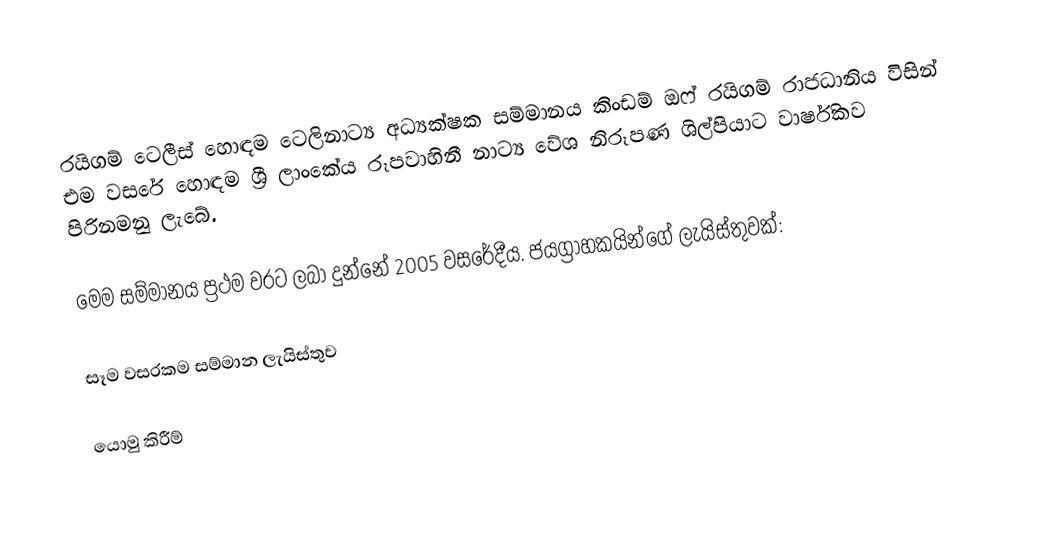
රයිගම් ටෙලීස් හොඳම ටෙලිනාට්‍ය අධ්‍යක්ෂක සම්මානය කිංඩම් ඔෆ් රයිගම් රාජධානිය විසින් එම වසරේ හොඳම ශ්‍රී ලාංකේය රූපවාහිනී නාට්‍ය වේශ නිරූපණ ශිල්පියාට වාර්ෂිකව පිරිනමනු ලැබේ.

මෙම සම්මානය ප්‍රථම වරට ලබා දුන්නේ 2005 වසරේදීය. ජයග්‍රාහකයින්ගේ ලැයිස්තුවක්:

සෑම වසරකම සම්මාන ලැයිස්තුව

යොමු කිරීම්